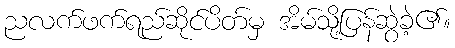
ညလက်ဖက်ရည်ဆိုင်ပိတ်မှ အိမ်သို့ပြန်ဆွဲခဲ့၏။